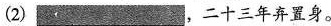
(2) ___ 二十三年弃置身。